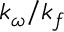
k _ { \omega } / k _ { f }